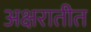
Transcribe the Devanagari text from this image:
अक्षरातीत